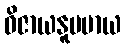
ဝိဇာယနူပမာယ